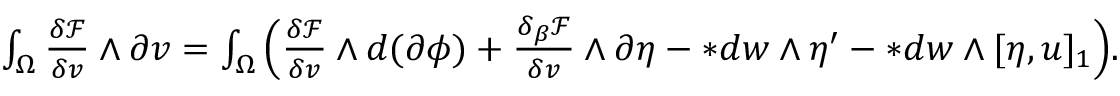
\begin{array} { r } { \int _ { \Omega } \frac { \delta \mathcal { F } } { \delta v } \wedge \partial v = \int _ { \Omega } \Big ( \frac { \delta \mathcal { F } } { \delta v } \wedge d ( \partial \phi ) + \frac { \delta _ { \beta } \mathcal { F } } { \delta v } \wedge \partial \eta - \ast d w \wedge \eta ^ { \prime } - \ast d w \wedge [ \eta , u ] _ { 1 } \Big ) . } \end{array}